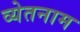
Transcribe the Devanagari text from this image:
व्येतनाम